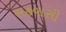
સહવાસી